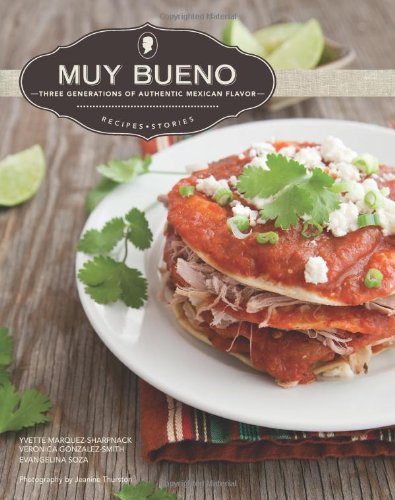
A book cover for Muy Bueno: Three Generations of Authentic Mexican Flavor; Yvette Marquez-Sharpnack; Cookbooks, Food & Wine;